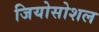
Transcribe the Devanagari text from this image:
जियोसोशल